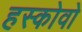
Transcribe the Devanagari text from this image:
हस्कोवो